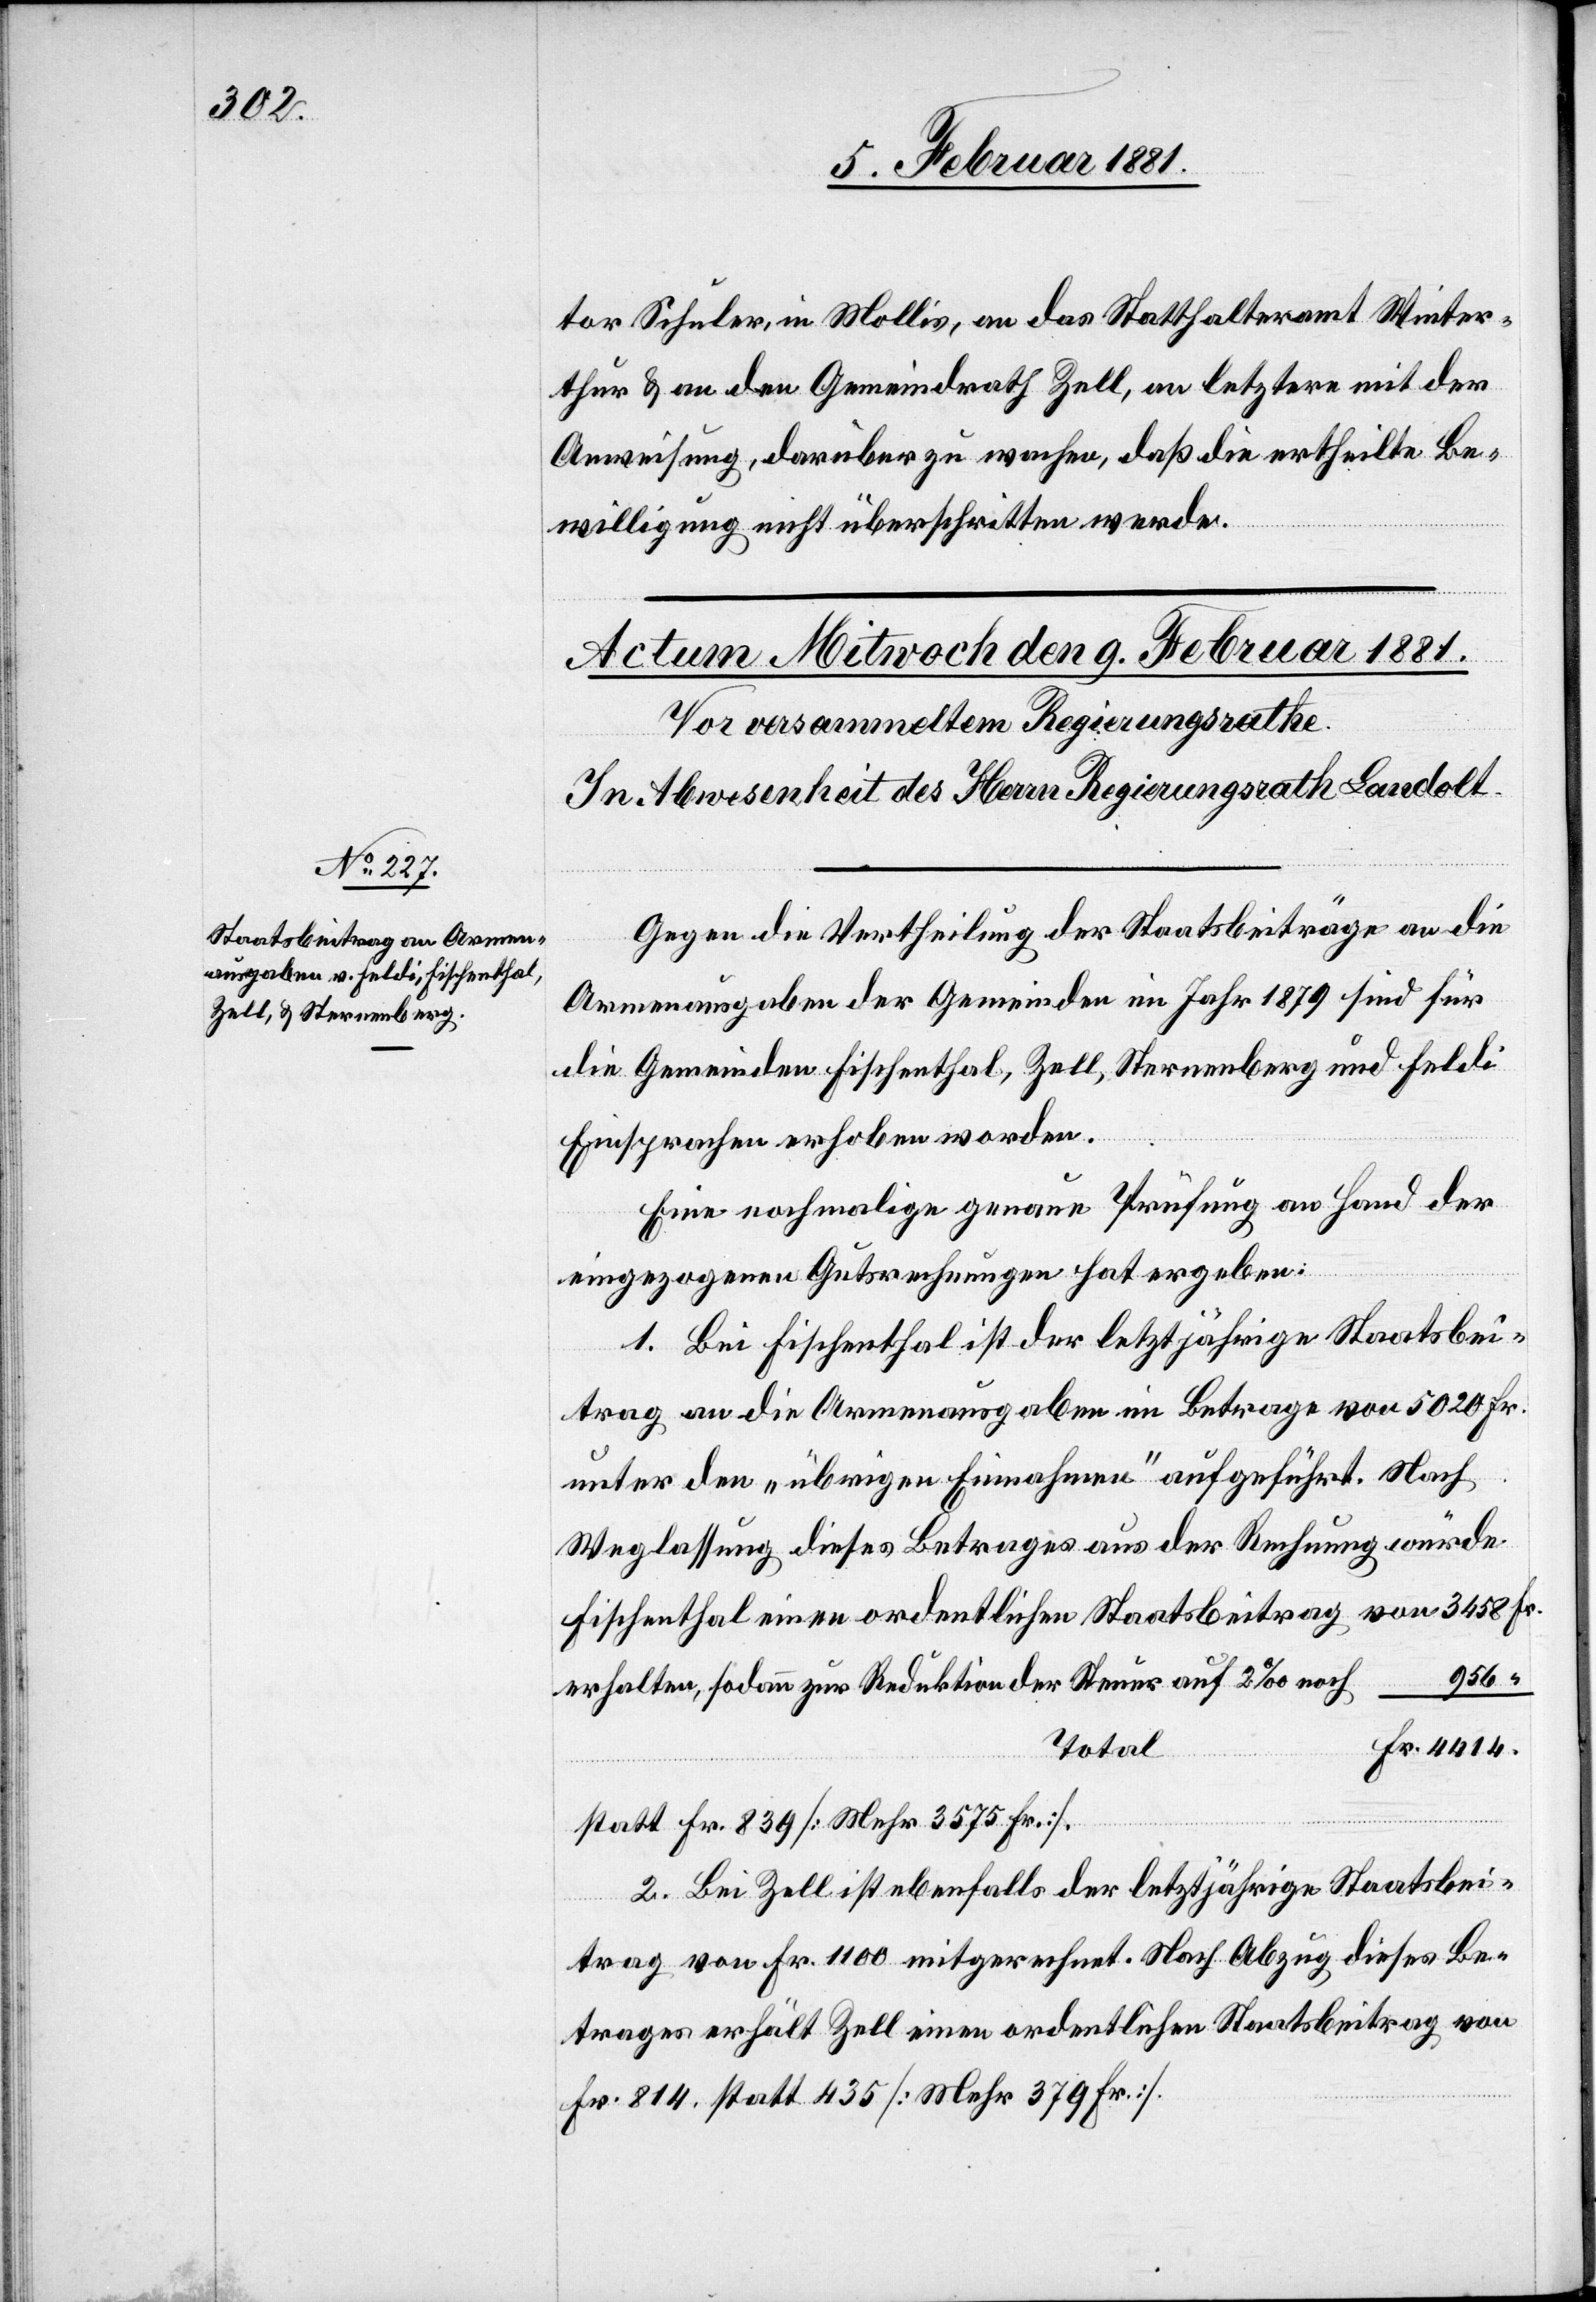
tor Schuler in Mollis, an das Statthalteramt Winter¬
thur & an den Gemeindrath Zell, an letztere mit der
Anweisung, darüber zu wachen, daß die ertheilte Be¬
willigung nicht überschritten werde.
Gegen die Vertheilung der Staatsbeiträge an die
Armenausgaben der Gemeinden im Jahr 1879 sind für
die Gemeinden Fischenthal, Zell, Sternenberg und Feldi
Einsprachen erhoben worden.
Eine nochmalige genaue Prüfung an Hand der
eingezogenen Gutsrechnungen hat ergeben:
1. Bei Fischenthal ist der letztjährige Staatsbei¬
trag an die Armenausgaben im Betrage von 5020 Fr.
unter den „übrigen Einnahmen“ aufgeführt.
Weglassung dieses Betrages aus der Rechnung würde
Fischenthal einen ordentlichen Staatsbeitrag von
956
erhalten, sodann zur Reduktion der Steuer auf 2‰ noch
Fr. 4414.
Total
statt Fr. 839 [Mehr 3575 Fr.].
2. Bei Zell ist ebenfalls der letztjährige Staatsbei¬
trag von Fr. 1100 mitgerechnet. Nach Abzug dieses Be¬
trages erhält Zell einen ordentlichen Staatsbeitrag von
Fr. 814, statt 435 [Mehr 379 Fr.].